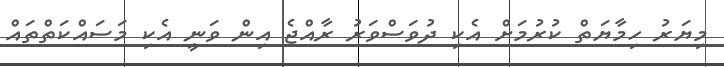
މިޔަރު ހިމާޔަތް ކުރުމަށް އެކި ދުވަސްވަރު ރާއްޖެ އިން ވަނީ އެކި މަސައްކަތްތައް